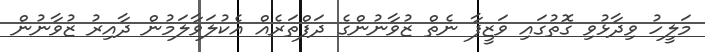
މަލީހު ވިދާޅުވި ގޮތުގައި ވަޒީފާ ނެތް ޒުވާނުންގެ ދަފްތަރެއް އެކުލަވާލަމުން ދާއިރު ޒުވާނުން